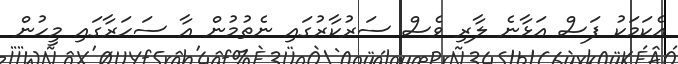
އެކަމަކު ފަސް އަޅާނެ ލާރި ވެސް ސަރުކާރުގައި ނެތުމުން އާ ސަހަރާގައި މީހުން